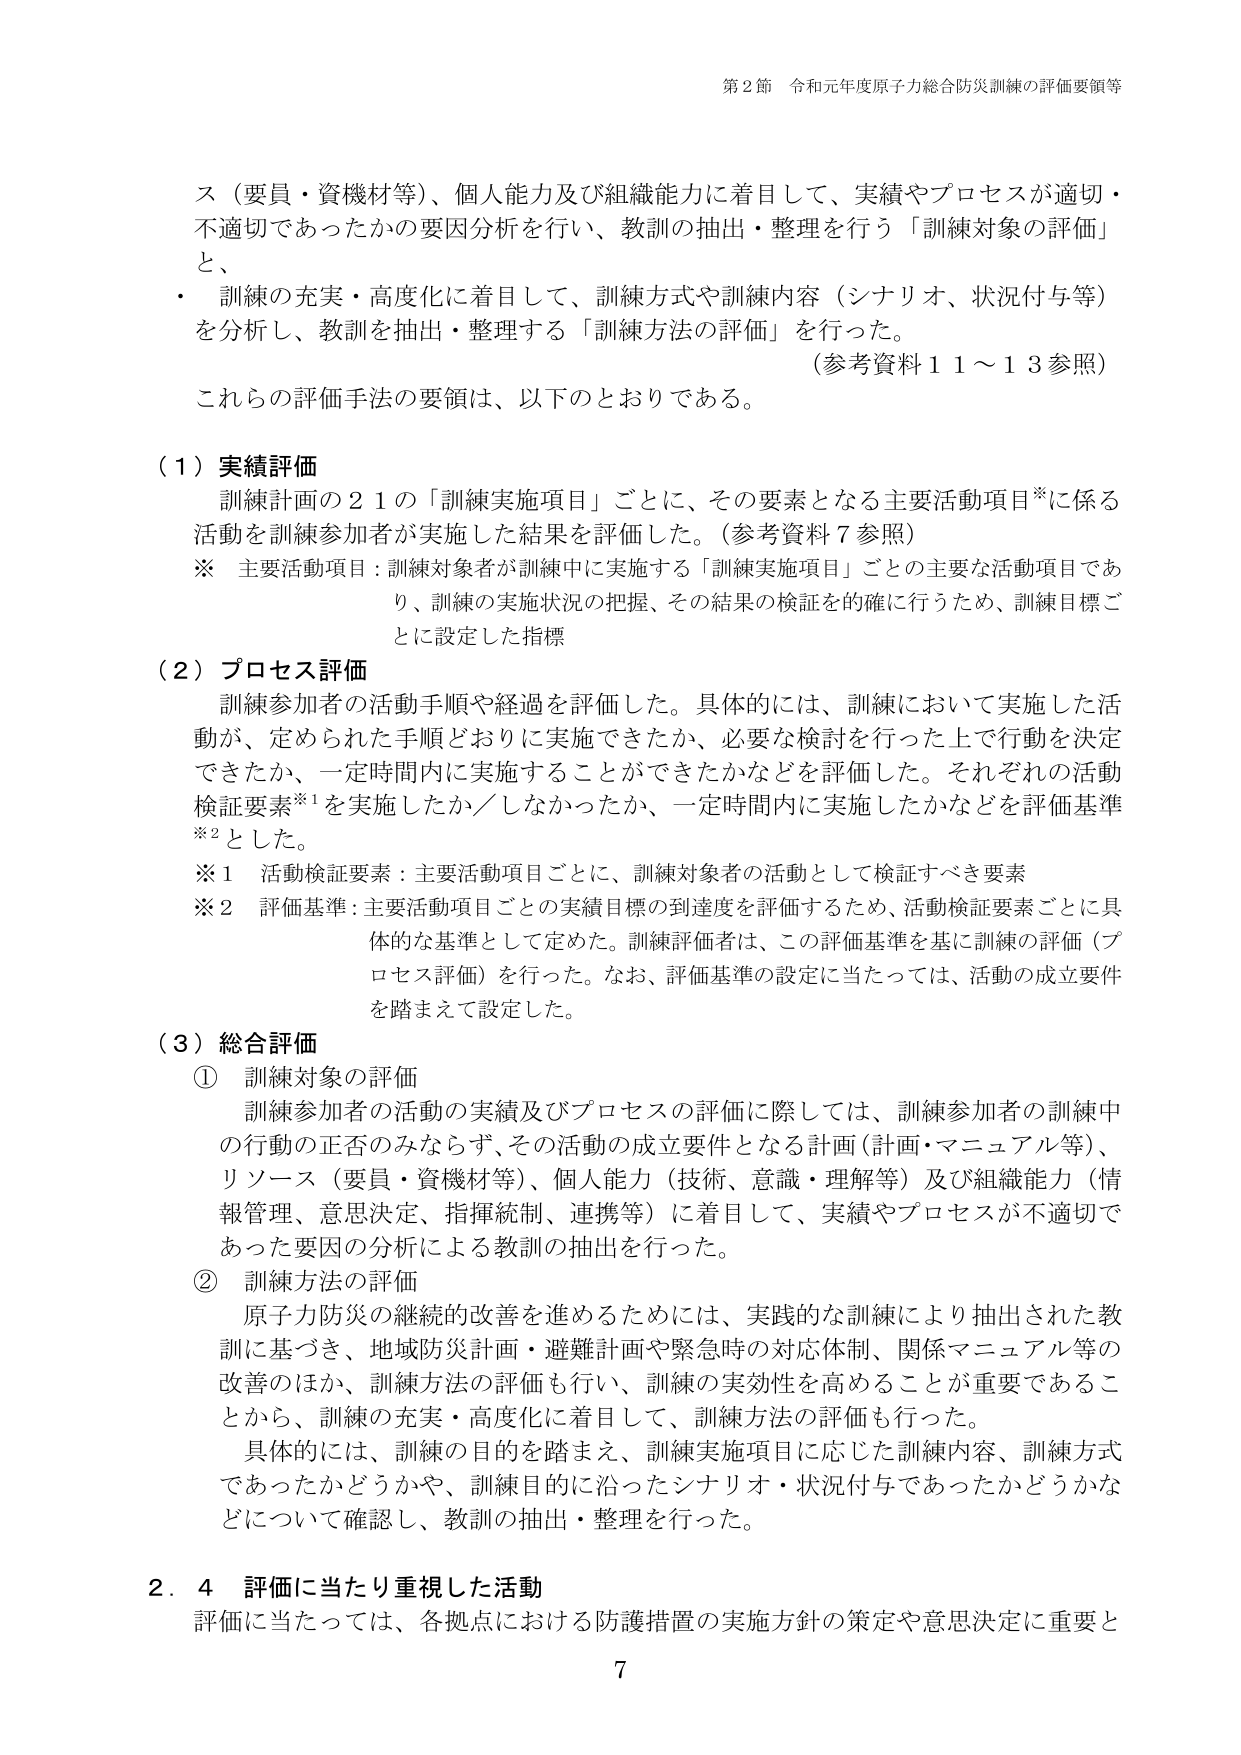
第２節 令和元年度原子力総合防災訓練の評価要領等

ス（要員・資機材等）、個人能力及び組織能力に着目して、実績やプロセスが適切・不適切であったかの要因分析を行い、教訓の抽出・整理を行う「訓練対象の評価」と、
・ 訓練の充実・高度化に着目して、訓練方式や訓練内容（シナリオ、状況付与等）を分析し、教訓を抽出・整理する「訓練方法の評価」を行った。
（参考資料１１～１３参照）

これらの評価手法の要領は、以下のとおりである。

（１）実績評価
訓練計画の２１の「訓練実施項目」ごとに、その要素となる主要活動項目※に係る活動を訓練参加者が実施した結果を評価した。（参考資料７参照）
※ 主要活動項目：訓練対象者が訓練中に実施する「訓練実施項目」ごとの主要な活動項目であり、訓練の実施状況の把握、その結果の検証を的確に行うため、訓練目標ごとに設定した指標

（２）プロセス評価
訓練参加者の活動手順や経過を評価した。具体的には、訓練において実施した活動が、定められた手順どおりに実施できたか、必要な検討を行った上で行動を決定できたか、一定時間内に実施することができたかなどを評価した。それぞれの活動検証要素※¹を実施したか／しなかったか、一定時間内に実施したかなどを評価基準※²とした。
※１ 活動検証要素：主要活動項目ごとに、訓練対象者の活動として検証すべき要素
※２ 評価基準：主要活動項目ごとの実績目標の到達度を評価するため、活動検証要素ごとに具体的な基準として定めた。訓練評価者は、この評価基準を基に訓練の評価（プロセス評価）を行った。なお、評価基準の設定に当たっては、活動の成立要件を踏まえて設定した。

（３）総合評価
① 訓練対象の評価
訓練参加者の活動の実績及びプロセスの評価に際しては、訓練参加者の訓練中の行動の正否のみならず、その活動の成立要件となる計画（計画・マニュアル等）、リソース（要員・資機材等）、個人能力（技術・意識・理解等）及び組織能力（情報管理、意思決定、指揮統制、連携等）に着目して、実績やプロセスが不適切であった要因の分析による教訓の抽出を行った。
② 訓練方法の評価
原子力防災の継続的改善を進めるためには、実践的な訓練により抽出された教訓に基づき、地域防災計画・避難計画や緊急時の対応体制、関係マニュアル等の改善のほか、訓練方法の評価も行い、訓練の実効性を高めることが重要であることから、訓練の充実・高度化に着目して、訓練方法の評価も行った。
具体的には、訓練の目的を踏まえ、訓練実施項目に応じた訓練内容、訓練方式であったかどうかや、訓練目的に沿ったシナリオ・状況付与であったかどうかなどについて確認し、教訓の抽出・整理を行った。

２．４ 評価に当たり重視した活動
評価に当たっては、各拠点における防護措置の実施方針の策定や意思決定に重要と

7